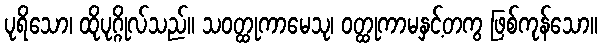
ပုရိသော၊ ထိုပုဂ္ဂိုလ်သည်။ သဝတ္ထုကာမေသု၊ ဝတ္ထုကာမနှင့်တကွ ဖြစ်ကုန်သော။